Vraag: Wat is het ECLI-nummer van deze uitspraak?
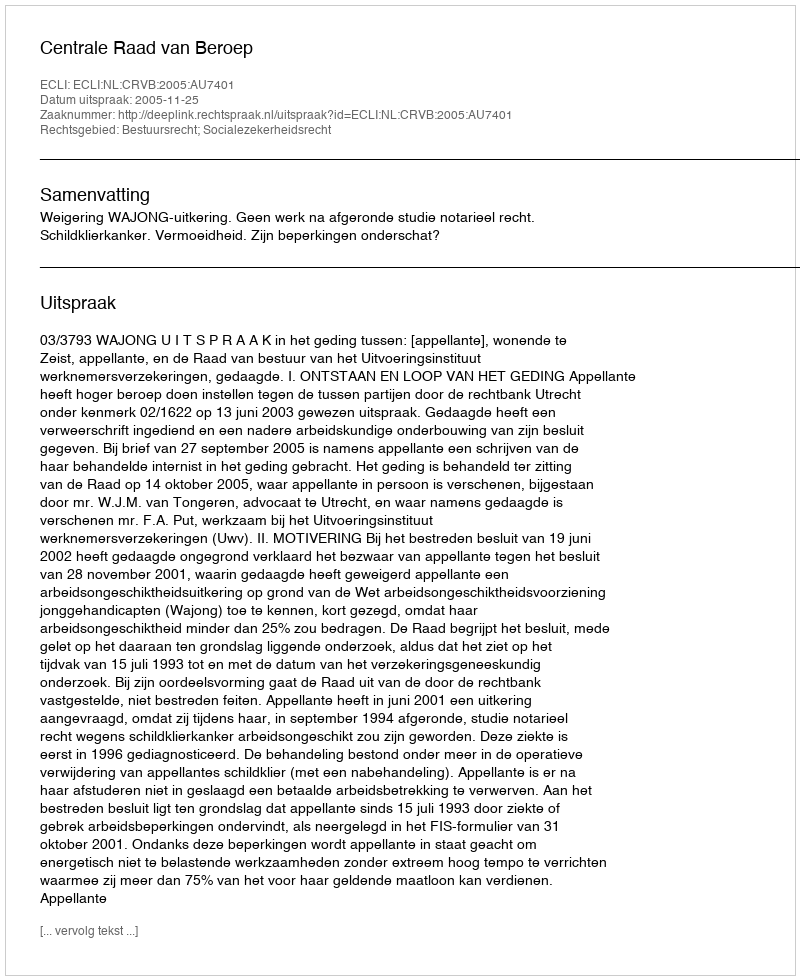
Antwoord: ECLI:NL:CRVB:2005:AU7401